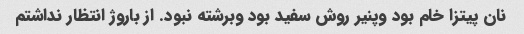
نان پیتزا خام بود وپنیر روش سفید بود وبرشته نبود. از باروژ انتظار نداشتم